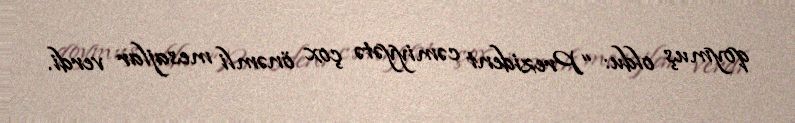
qoymuş oldu: “Prezident cəmiyyətə çox önəmli mesajlar verdi.